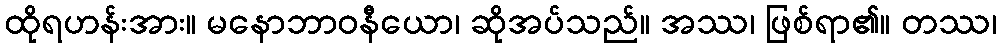
ထိုရဟန်းအား။ မနောဘာဝနီယော၊ ဆိုအပ်သည်။ အဿ၊ ဖြစ်ရာ၏။ တဿ၊